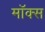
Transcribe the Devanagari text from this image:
मॉक्स